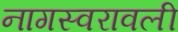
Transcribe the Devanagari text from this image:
नागस्वरावली